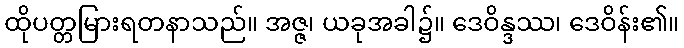
ထိုပတ္တမြားရတနာသည်။ အဇ္ဇ၊ ယခုအခါ၌။ ဒေဝိန္ဒဿ၊ ဒေဝိန်း၏။